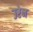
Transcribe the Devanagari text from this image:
उरेन